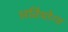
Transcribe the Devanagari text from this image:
अतियोग्य